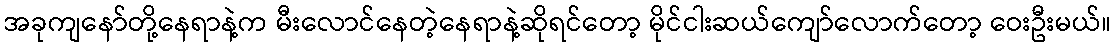
အခုကျနော်တို့နေရာနဲ့က မီးလောင်နေတဲ့နေရာနဲ့ဆိုရင်တော့ မိုင်ငါးဆယ်ကျော်လောက်တော့ ဝေးဦးမယ်။